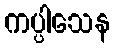
ကပ္ပါသေန